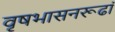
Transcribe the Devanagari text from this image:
वृषभासनरूढां